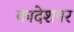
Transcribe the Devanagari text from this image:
कादेशपर